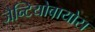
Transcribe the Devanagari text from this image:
जैन्टियोबायोस